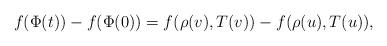
LaTeX: \begin{align*}f(\Phi(t))-f(\Phi(0))=f(\rho(v),T(v))-f(\rho(u),T(u)),\end{align*}